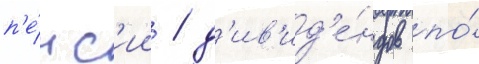
п'е́нс'ии / д'ив'ид'е́ндов по́